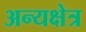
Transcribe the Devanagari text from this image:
अन्यक्षेत्र